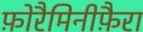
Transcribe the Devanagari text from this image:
फ़ोरैमिनीफ़ैरा